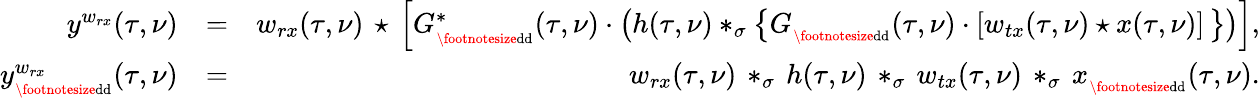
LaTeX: \begin{array}{rlr}{y^{w_{rx}}(\tau,\nu)}&{=}&{w_{rx}(\tau,\nu)\, \star\, \left[G_{_{\mathrm{\footnotesize{dd}}}}^{*}(\tau,\nu)\cdot\left(h(\tau,\nu)*_{\sigma}\left\{ G_{_{\mathrm{\footnotesize{dd}}}}(\tau,\nu)\cdot\left[w_{tx}(\tau,\nu)\star x(\tau,\nu)\right]\, \right\} \right)\right],}\\ {y_{_{\mathrm{\footnotesize{dd}}}}^{w_{rx}}(\tau,\nu)}&{=}&{w_{rx}(\tau,\nu)\, *_{\sigma}\, h(\tau,\nu)\, *_{\sigma}\, w_{tx}(\tau,\nu)\, *_{\sigma}\, x_{_{\mathrm{\footnotesize{dd}}}}(\tau,\nu).}\end{array}